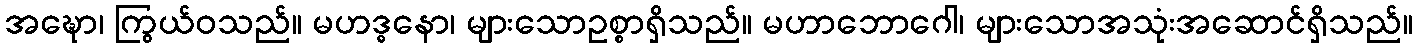
အဍ္ဎော၊ ကြွယ်ဝသည်။ မဟဒ္ဓနော၊ များသောဥစ္စာရှိသည်။ မဟာဘောဂေါ၊ များသောအသုံးအဆောင်ရှိသည်။